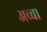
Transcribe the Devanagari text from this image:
अच्‍चा